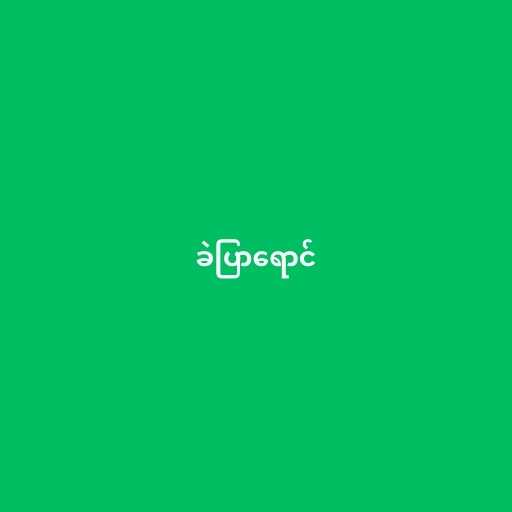
ခဲပြာရောင်